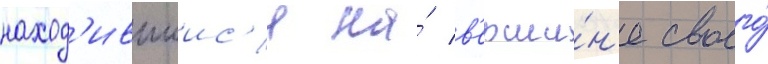
наход'ившиис'я на́ в'ерши́н'е своего́